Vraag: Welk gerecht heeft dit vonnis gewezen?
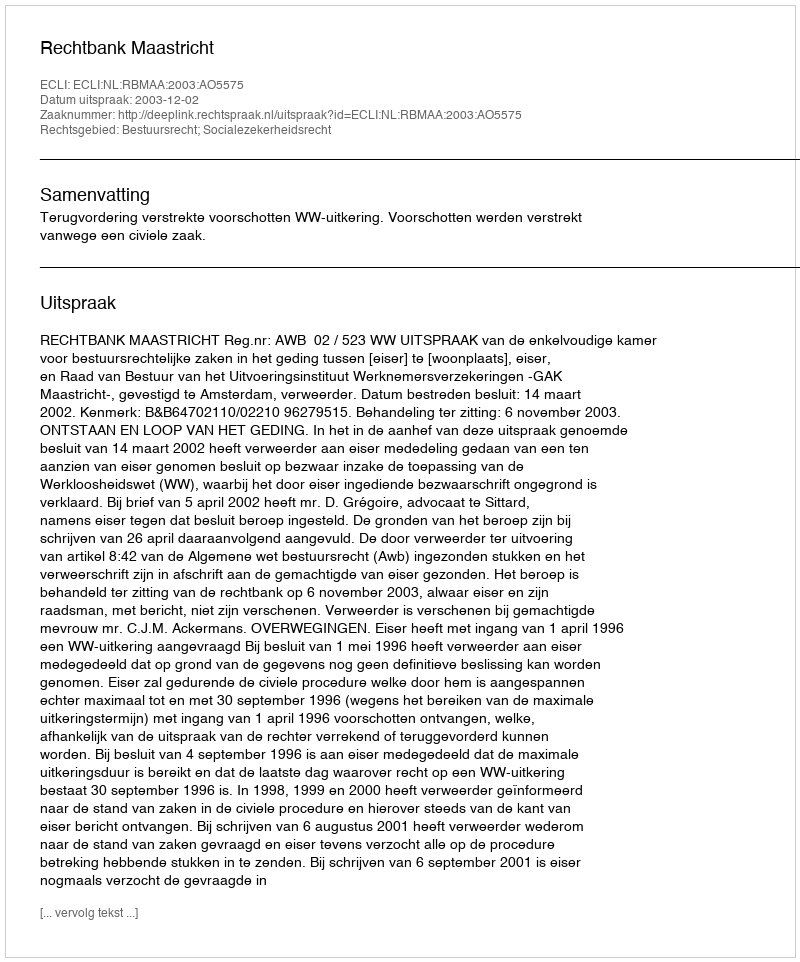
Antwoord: Rechtbank Maastricht